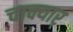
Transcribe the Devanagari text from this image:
चाक्यार्